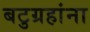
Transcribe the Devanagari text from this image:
बटुग्रहांना